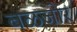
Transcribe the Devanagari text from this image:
बळजोर